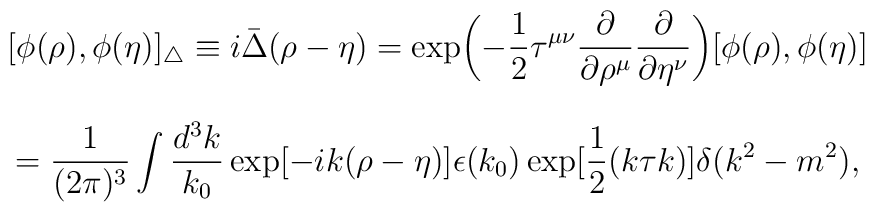
[\phi(\rho),\phi(\eta)]_\bigtriangleup\equiv i{\bar\Delta}(\rho-\eta)=\exp\biggl(-\frac{1}{2}\tau^{\mu\nu}\frac{\partial}{\partial \rho^\mu}\frac{\partial}{\partial\eta^\nu}\biggr)[\phi(\rho),\phi(\eta)] $$ $$=\frac{1}{(2\pi)^3}\int\frac{d^3k}{k_0}\exp[-ik(\rho-\eta)]\epsilon(k_0)\exp[\frac{1}{2}(k\tau k)]\delta(k^2-m^2),